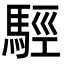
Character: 𩣪